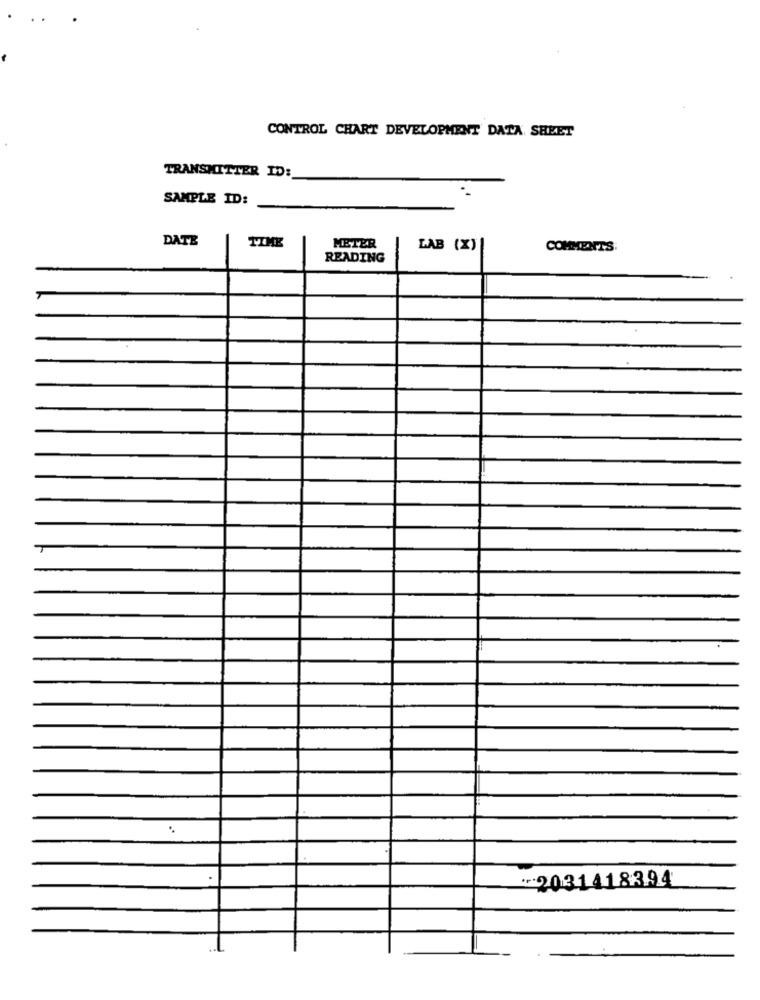
CONTROL CHART DEVELOPMENT DATA SHEET
TRANSMITTER ID:
SAMPLE ID:
DATE
TIME
METER
LAB (X)
COMMEATTS:
READING
*2031418394